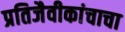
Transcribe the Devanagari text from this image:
प्रतिजैवीकांचाचा